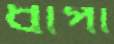
ধাপা